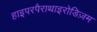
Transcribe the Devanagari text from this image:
हाइपरपैराथाइरोडिज़म